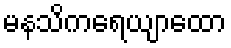
မနသိကရေယျာထော